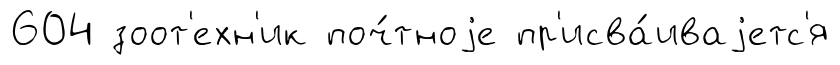
604 зоот'ехн'ик поч́тноjе пр'исва́иваjетс'я